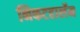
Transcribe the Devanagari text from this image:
निकटहार्लेम